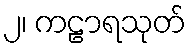
၂၊ ကဠာရသုတ်